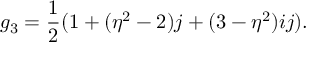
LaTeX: g _ { 3 } = { \frac { 1 } { 2 } } ( 1 + ( \eta ^ { 2 } - 2 ) j + ( 3 - \eta ^ { 2 } ) i j ) .